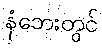
နံဘေးတွင်